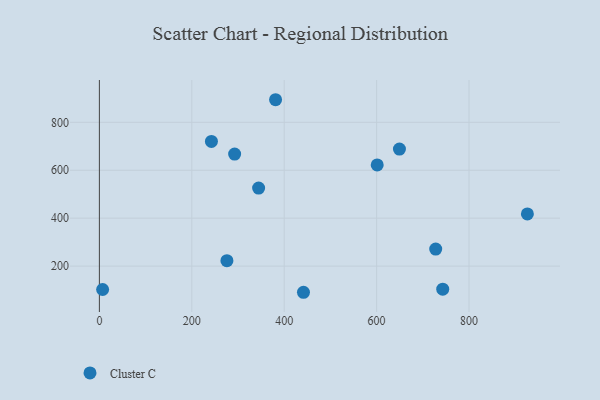
{"axis": {"x": "Study Hours", "y": "Exam Score"}, "legend": ["Cluster C"], "data": [{"x": "727.9", "y": 271.2, "type": "Cluster C"}, {"x": "601.3", "y": 622.2, "type": "Cluster C"}, {"x": "649.4", "y": 688.1, "type": "Cluster C"}, {"x": "276.0", "y": 222.6, "type": "Cluster C"}, {"x": "7.0", "y": 102.3, "type": "Cluster C"}, {"x": "242.5", "y": 720.2, "type": "Cluster C"}, {"x": "926.3", "y": 417.9, "type": "Cluster C"}, {"x": "743.1", "y": 103.6, "type": "Cluster C"}, {"x": "441.7", "y": 90.8, "type": "Cluster C"}, {"x": "381.3", "y": 894.2, "type": "Cluster C"}, {"x": "344.6", "y": 525.4, "type": "Cluster C"}, {"x": "292.7", "y": 667.6, "type": "Cluster C"}]}